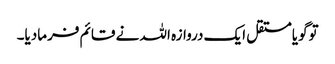
توگویامستقل ایک دروازہ اللہ نے قائم فرمادیا۔